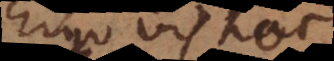
Ergo vis haec